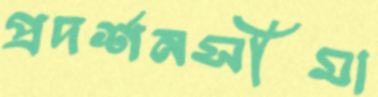
প্রদর্শনসীমা